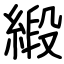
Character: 緞